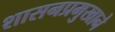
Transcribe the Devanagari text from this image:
शासनप्रमुखाने